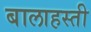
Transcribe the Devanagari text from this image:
बालाहस्ती